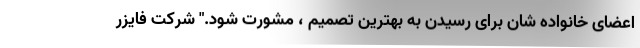
اعضای خانواده شان برای رسیدن به بهترین تصمیم ، مشورت شود." شرکت فایزر